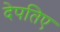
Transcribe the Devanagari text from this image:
देपतिए